Lunatic asylums Bombay report 1891-1903 - 1891-1903
Year: 1891
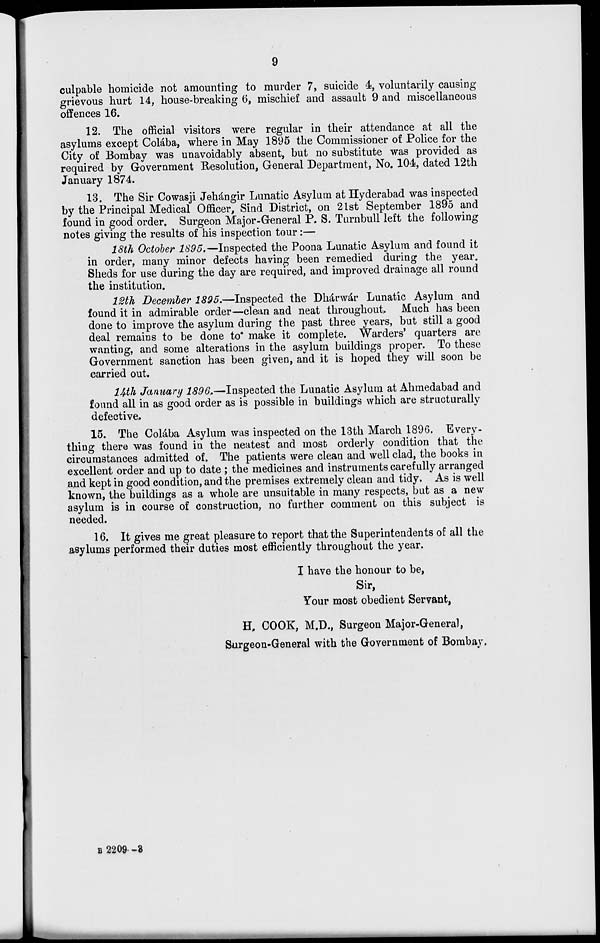
9
culpable homicide not amounting to murder 7, suicide 4, voluntarily causing
grievous hurt 14, house-breaking 6, mischief and assault 9 and miscellaneous
offences 16.
12. The official visitors were regular in their attendance at all the
asylums except Colába, where in May 1895 the Commissioner of Police for the
City of Bombay was unavoidably absent, but no substitute was provided as
required by Government Resolution, General Department, No. 104, dated 12th
January 1874.
13. The Sir Cowasji Jehángir Lunatic Asylum at Hyderabad was inspected
by the Principal Medical Officer, Sind District, on 21st September 1895 and
found in good order. Surgeon Major-General P. S. Turnbull left the following
notes giving the results of his inspection tour :—
18th October 1895.—Inspected the Poona Lunatic Asylum and found it
in order, many minor defects having been remedied during the year.
Sheds for use during the day are required, and improved drainage all round
the institution.
12th December 1895.—Inspected the Dhárwár Lunatic Asylum and
found it in admirable order—clean and neat throughout. Much has been
done to improve the asylum during the past three years, but still a good
deal remains to be done to make it complete. Warders' quarters are
wanting, and some alterations in the asylum buildings proper. To these
Government sanction has been given, and it is hoped they will soon be
carried out.
14th January 1896.—Inspected the Lunatic Asylum at Ahmedabad and
found all in as good order as is possible in buildings which are structurally
defective,
15. The Colába Asylum was inspected on the 13th March 1896. Every-
thing there was found in the neatest and most orderly condition that the
circumstances admitted of. The patients were clean and well clad, the books in
excellent order and up to date ; the medicines and instruments carefully arranged
and kept in good condition, and the premises extremely clean and tidy. As is well
known, the buildings as a whole are unsuitable in many respects, but as a new
asylum is in course of construction, no further comment on this subject is
needed.
16. It gives me great pleasure to report that the Superintendents of all the
asylums performed their duties most efficiently throughout the year.
I have the honour to be,
Sir,
Your most obedient Servant,
H. COOK, M.D., Surgeon Major-General,
Surgeon-General with the Government of Bombay.
B 2209—3